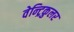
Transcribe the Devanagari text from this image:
वेन्ट्रिकुलर